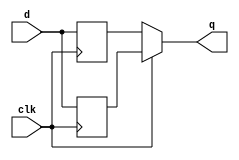
module top_module (
    input clk,
    input d,
    output q
);
    
     reg temp1, temp2;
	 always @(posedge clk)
		temp1 <= d;
	 
	 always @(negedge clk)
		temp2 <= d;
	 
    always @(temp1 or temp2 or clk) begin
		if(clk)
			q <= temp1;
		else
			q <= temp2;
	 end

endmodule